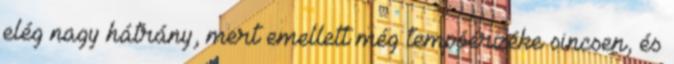
elég nagy hátrány, mert emellett még tempóérzéke sincsen, és